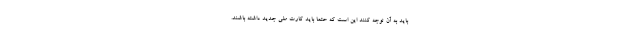
باید به آن توجه کنند این است که حتما باید کارت ملی جدید داشته باشند.